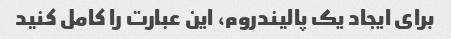
برای ایجاد یک پالیندروم، این عبارت را کامل کنید